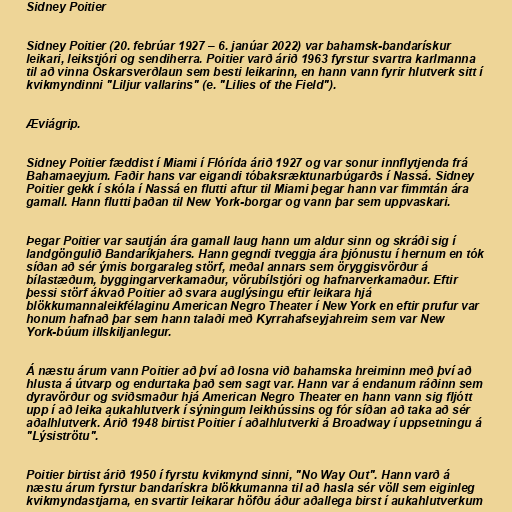
Sidney Poitier

Sidney Poitier (20. febrúar 1927 – 6. janúar 2022) var bahamsk-bandarískur
leikari, leikstjóri og sendiherra. Poitier varð árið 1963 fyrstur svartra karlmanna
til að vinna Óskarsverðlaun sem besti leikarinn, en hann vann fyrir hlutverk sitt í
kvikmyndinni "Liljur vallarins" (e. "Lilies of the Field").

Æviágrip.

Sidney Poitier fæddist í Miami í Flórída árið 1927 og var sonur innflytjenda frá
Bahamaeyjum. Faðir hans var eigandi tóbaksræktunarbúgarðs í Nassá. Sidney
Poitier gekk í skóla í Nassá en flutti aftur til Miami þegar hann var fimmtán ára
gamall. Hann flutti þaðan til New York-borgar og vann þar sem uppvaskari.

Þegar Poitier var sautján ára gamall laug hann um aldur sinn og skráði sig í
landgöngulið Bandaríkjahers. Hann gegndi tveggja ára þjónustu í hernum en tók
síðan að sér ýmis borgaraleg störf, meðal annars sem öryggisvörður á
bílastæðum, byggingarverkamaður, vörubílstjóri og hafnarverkamaður. Eftir
þessi störf ákvað Poitier að svara auglýsingu eftir leikara hjá
blökkumannaleikfélaginu American Negro Theater í New York en eftir prufur var
honum hafnað þar sem hann talaði með Kyrrahafseyjahreim sem var New
York-búum illskiljanlegur.

Á næstu árum vann Poitier að því að losna við bahamska hreiminn með því að
hlusta á útvarp og endurtaka það sem sagt var. Hann var á endanum ráðinn sem
dyravörður og sviðsmaður hjá American Negro Theater en hann vann sig fljótt
upp í að leika aukahlutverk í sýningum leikhússins og fór síðan að taka að sér
aðalhlutverk. Árið 1948 birtist Poitier í aðalhlutverki á Broadway í uppsetningu á
"Lýsiströtu".

Poitier birtist árið 1950 í fyrstu kvikmynd sinni, "No Way Out". Hann varð á
næstu árum fyrstur bandarískra blökkumanna til að hasla sér völl sem eiginleg
kvikmyndastjarna, en svartir leikarar höfðu áður aðallega birst í aukahlutverkum